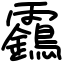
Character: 靎